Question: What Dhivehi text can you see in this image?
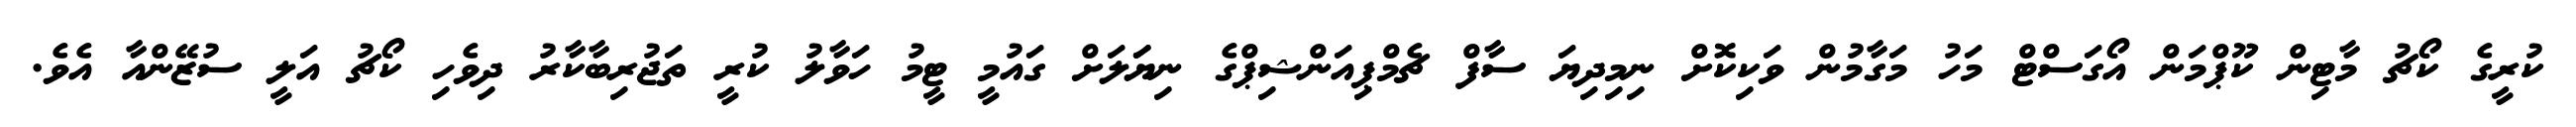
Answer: ކުރީގެ ކޯޗު މާޓިން ކޫޕްމަން އޯގަސްޓް މަހު މަގާމުން ވަކިކޮށް ނިމިދިޔަ ސާފް ޗެމްޕިއަންޝިޕްގެ ނިޔަަލަށް ގައުމީ ޓީމު ހަވާލު ކުރީ ތަޖުރިބާކާރު ދިވެހި ކޯޗު އަލީ ސުޒޭންއާ އެވެ.